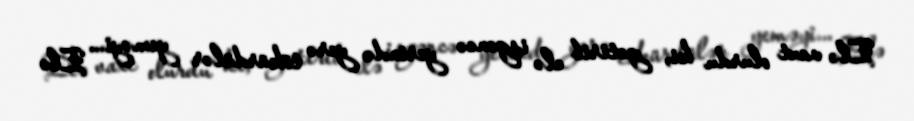
Elə vaxt olurdu ki, gətirib elə işgəncə yerində yerə tökürdülər yeməyi... Elə